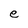
Character: e